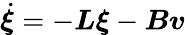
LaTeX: \dot{\boldsymbol{\xi}}=-\boldsymbol{L}\boldsymbol{\xi}-\boldsymbol{B}\boldsymbol{v}